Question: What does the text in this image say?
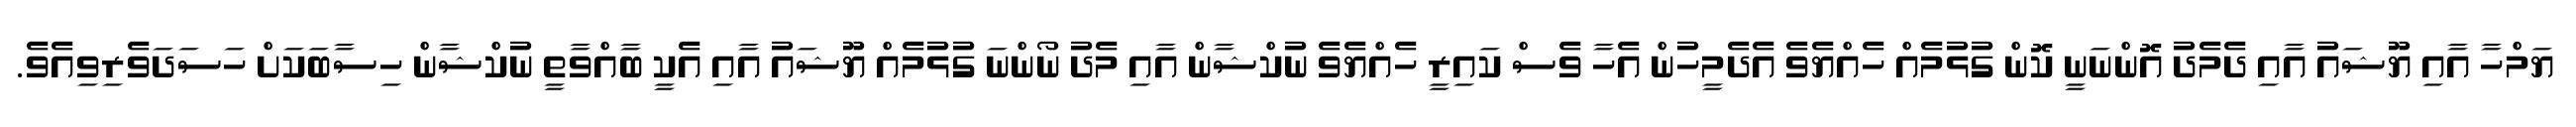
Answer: ޔަމްހާ އާއި ޔޫޝައު އާއި ދެމެދު އޮންނަނީ ކޮން ގުޅުމެއް ހެއްޔެވެ އެދެމީހުން އެހާ ވެސް ކައިރީ ހެއްޔެވެ ނުކްޝާން އާއި މެދު ނޯންނަ ގުޅުމެއް ޔޫޝައު އާއި އެކީ ބާއްވާތީ ނުކްޝާން ހިސާބަކަށް ހަސަދަވެރިވިއެވެ.